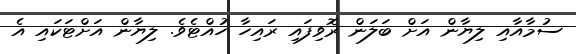
ސުމާއާއި ލިޔާން އަށް ބަލަން ރޮވިފައި ރައިހާ ހުއްޓެވެ. ލިޔާން އަށްޓަކައި އެ